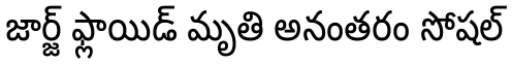
జార్జ్ ఫ్లాయిడ్ మృతి అనంతరం సోషల్